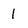
Character: 1